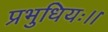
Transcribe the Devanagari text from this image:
प्रभुधियः।।